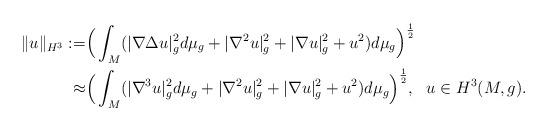
LaTeX: \begin{align*}\|u\|_{H^3}:=&\Big(\int_{M}(|\nabla \Delta u|_g^2 d\mu_g+|\nabla^2 u|_g^2+|\nabla u|_g^2+u^2)d\mu_g\Big)^{\frac{1}{2}}\\\approx&\Big(\int_{M}(|\nabla^3 u|_g^2 d\mu_g+|\nabla^2 u|_g^2+|\nabla u|_g^2+u^2)d\mu_g\Big)^{\frac{1}{2}}, ~~u \in H^3(M,g).\end{align*}